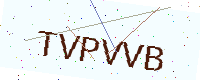
Text: TVPVVB